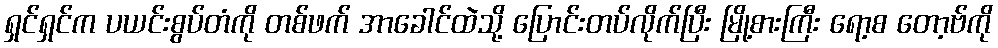
ရှင်ရှင်က ပယင်းစွပ်တံကို တစ်ဖက် အာခေါင်ထဲသို့ ပြောင်းတပ်လိုက်ပြီး မြို့စားကြီး ရော့စ တော့ဗ်ကို